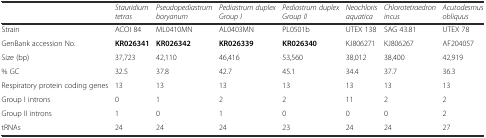
<table><thead><tr><td></td><td><b><i>Stauridium tetras</i></b></td><td><b><i>Pseudopediastrum boryanum</i></b></td><td><b><i>Pediastrum duplex Group I</i></b></td><td><b><i>Pediastrum duplex Group II</i></b></td><td><b><i>Neochloris aquatica</i></b></td><td><b><i>Chlorotetraedron incus</i></b></td><td><b><i>Acutodesmus obliquus</i></b></td></tr></thead><tbody><tr><td>Strain</td><td>ACOI 84</td><td>ML0410MN</td><td>AL0403MN</td><td>PL0501b</td><td>UTEX 138</td><td>SAG 43.81</td><td>UTEX 78</td></tr><tr><td>GenBank accession No.</td><td><b>KR026341</b></td><td><b>KR026342</b></td><td><b>KR026339</b></td><td><b>KR026340</b></td><td>KJ806271</td><td>KJ806267</td><td>AF204057</td></tr><tr><td>Size (bp)</td><td>37,723</td><td>42,110</td><td>46,416</td><td>53,560</td><td>38,012</td><td>38,400</td><td>42,919</td></tr><tr><td>% GC</td><td>32.5</td><td>37.8</td><td>42.7</td><td>45.1</td><td>34.4</td><td>37.7</td><td>36.3</td></tr><tr><td>Respiratory protein coding genes</td><td>13</td><td>13</td><td>13</td><td>13</td><td>13</td><td>13</td><td>13</td></tr><tr><td>Group I introns</td><td>0</td><td>1</td><td>2</td><td>2</td><td>11</td><td>2</td><td>2</td></tr><tr><td>Group II introns</td><td>1</td><td>0</td><td>1</td><td>0</td><td>0</td><td>0</td><td>2</td></tr><tr><td>tRNAs</td><td>24</td><td>24</td><td>24</td><td>23</td><td>24</td><td>24</td><td>27</td></tr></tbody></table>